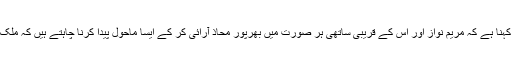
اس حوالے سے با وثوق ذرائع کا کہنا ہے کہ مریم نواز اور اس کے قریبی ساتھی ہر صورت میں بھرپور محاذ آرائی کر کے ایسا ماحول پیدا کرنا چاہتے ہیں کہ ملک کے اندر انارکی کی فضا پیدا ہو۔